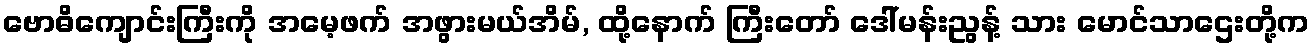
ဗောဓိကျောင်းကြီးကို အမေ့ဖက် အဖွားမယ်အိမ်, ထို့နောက် ကြီးတော် ဒေါ်မန်းညွန့် သား မောင်သာဌေးတို့က